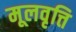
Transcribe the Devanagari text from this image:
मूलवृत्ति